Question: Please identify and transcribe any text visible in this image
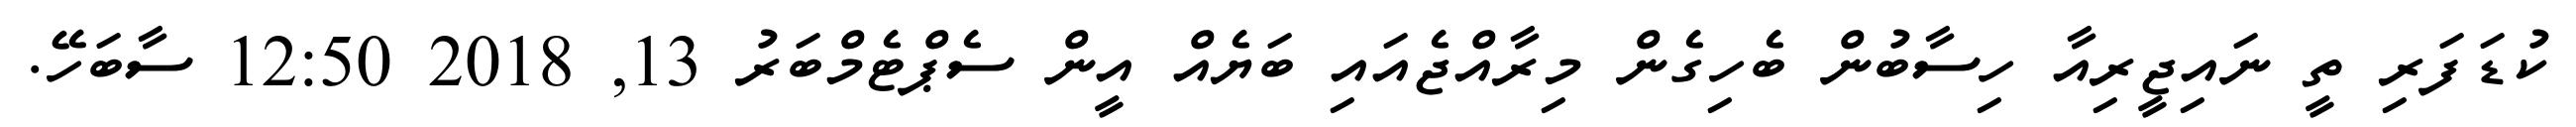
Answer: ކުޑަފަރި ތީ ނައިޖީރިއާ ހިސާބުން ބެހިގެން މިރާއްޖެއައި ބަޔެއް އީން ސެޕްޓެމްބަރު 13, 2018 12:50 ސާބަހޭ.